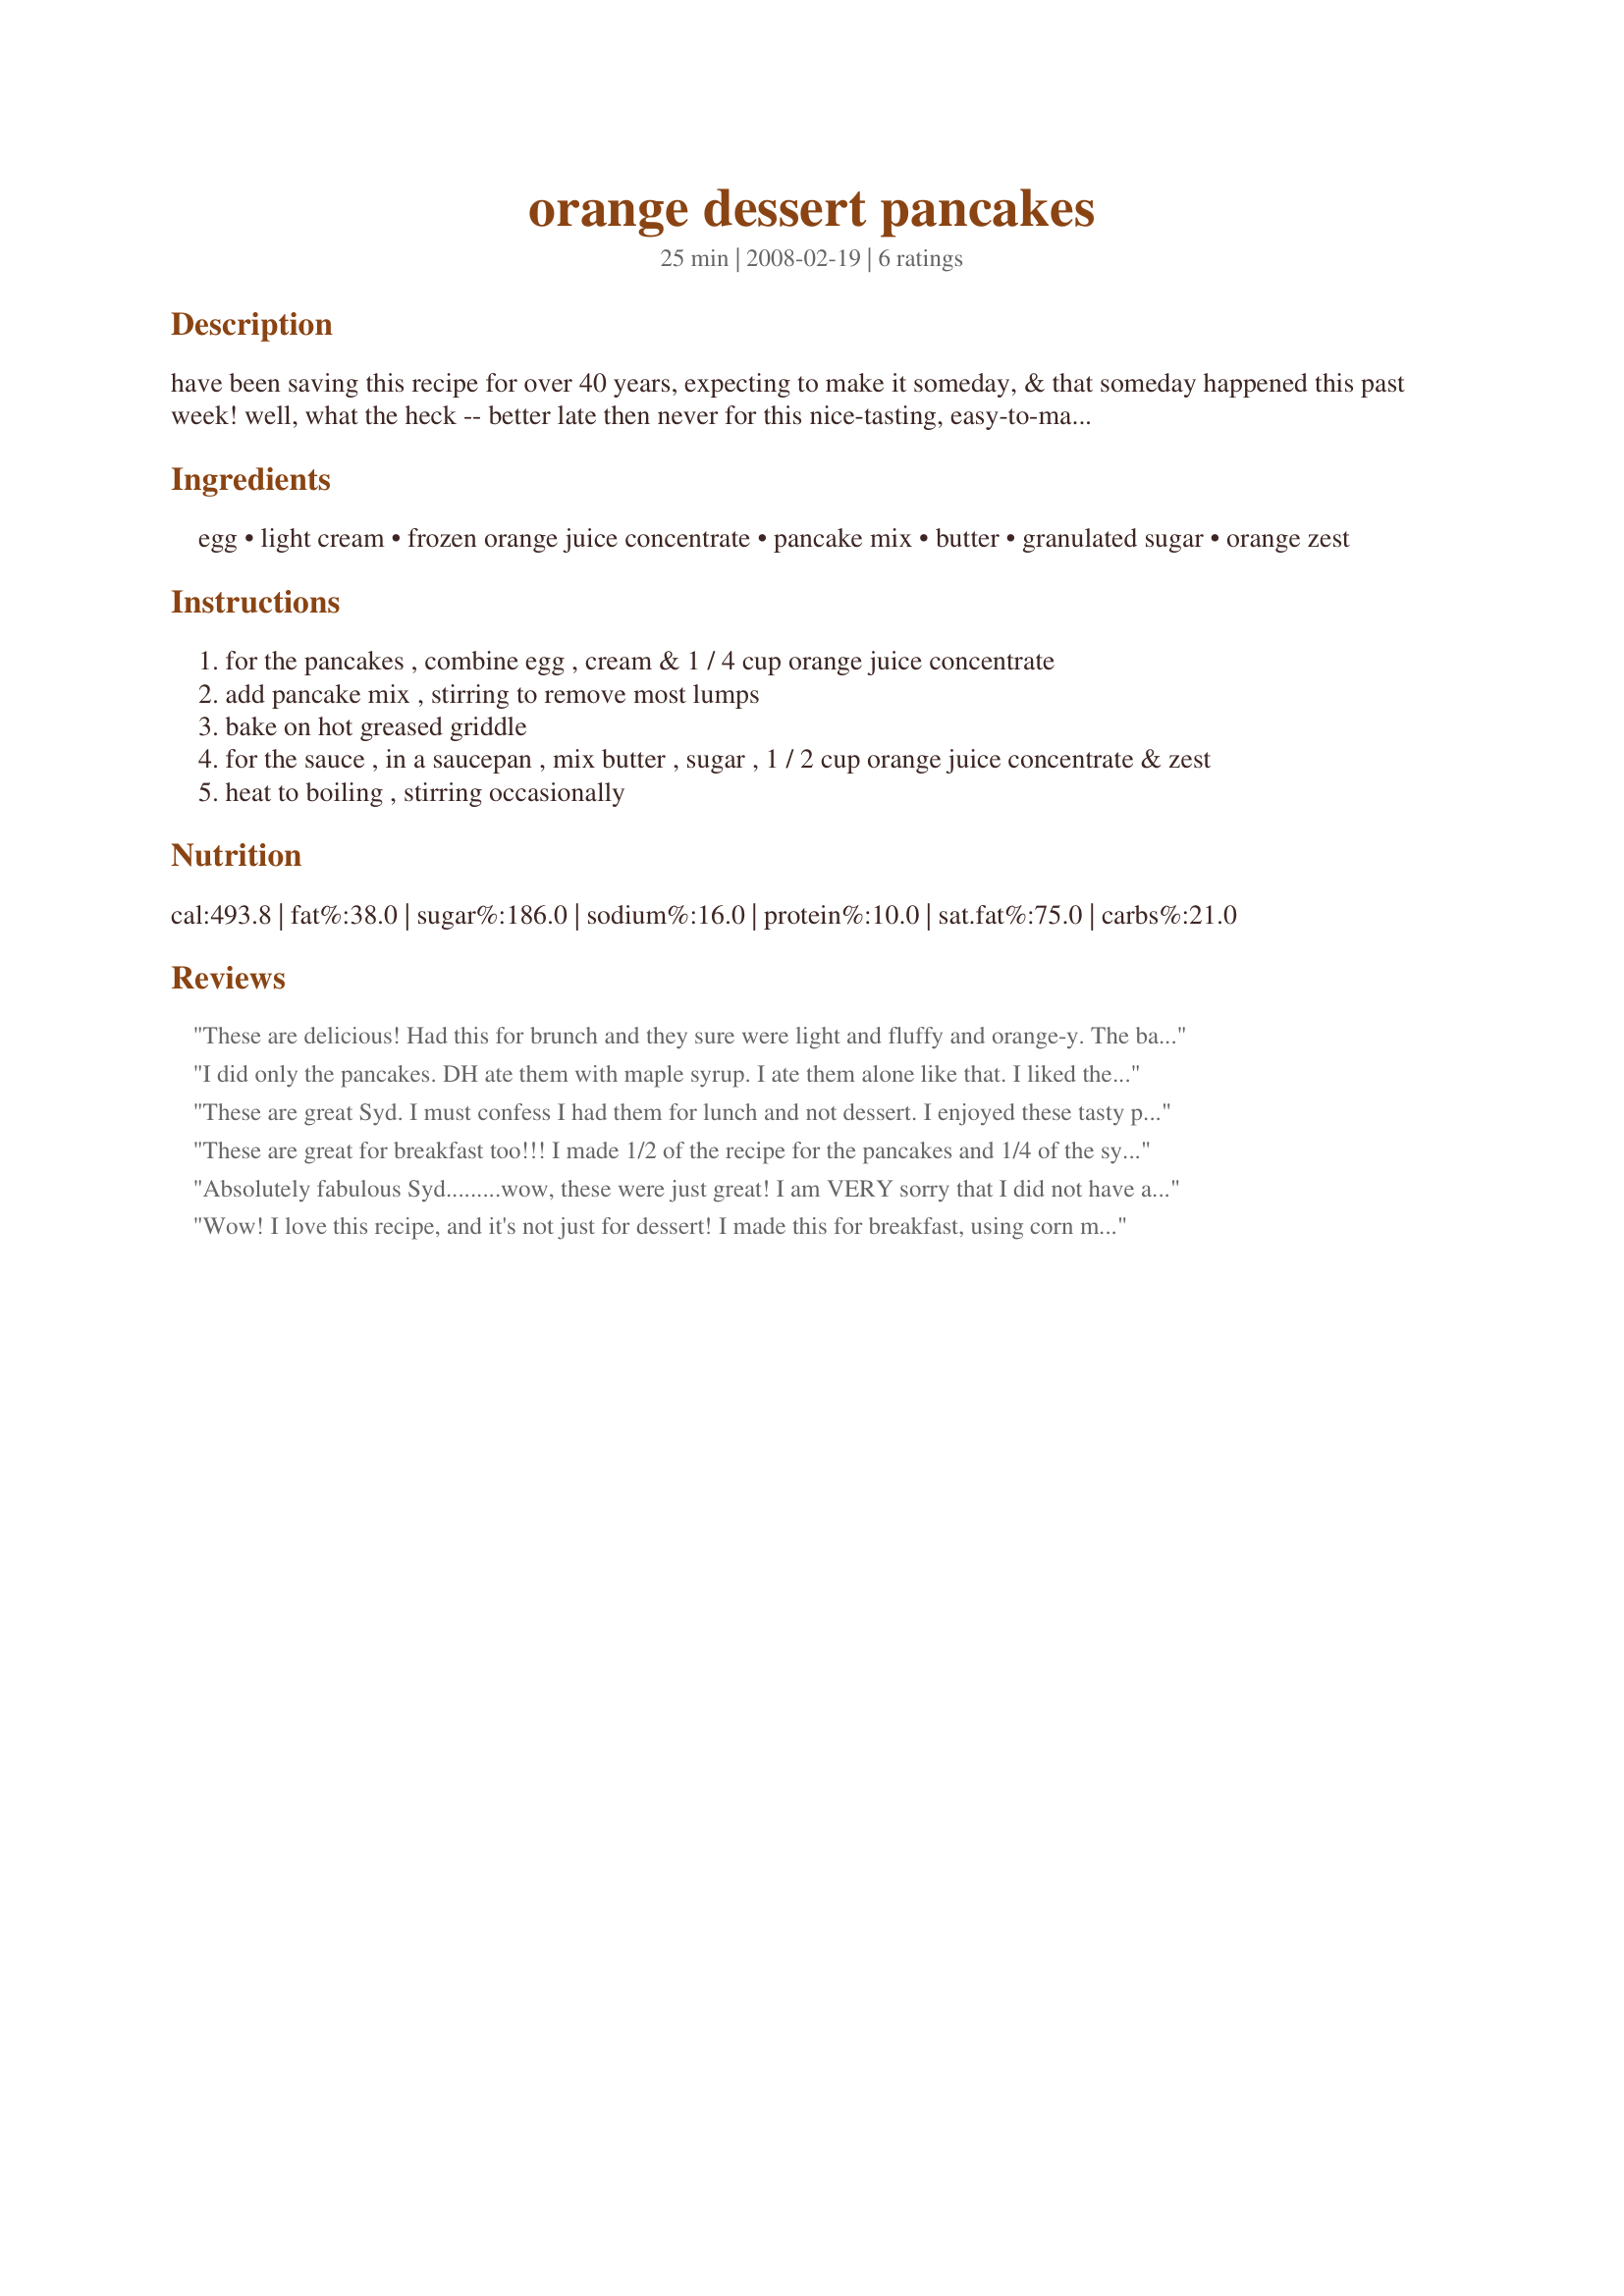
orange dessert pancakes
Preparation time: 25 minutes

have been saving this recipe for over 40 years, expecting to make it someday, & that someday happened this past week! well, what the heck -- better late then never for this nice-tasting, easy-to-make dessert! [the recipe takes a 6 ounce can of frozen orange juice concentrate.]

Ingredients:
egg, light cream, frozen orange juice concentrate, pancake mix, butter, granulated sugar, orange zest

Steps:
for the pancakes , combine egg , cream & 1 / 4 cup orange juice concentrate
add pancake mix , stirring to remove most lumps
bake on hot greased griddle
for the sauce , in a saucepan , mix butter , sugar , 1 / 2 cup orange juice concentrate & zest
heat to boiling , stirring occasionally

Reviews:
These are delicious! Had this for brunch and they sure were light and fluffy and orange-y. The batter's a bit thick so I find myself spreading it on the griddle with the back of the wooden spoon. I cut back the sugar into half when I made the sauce since I'm watching my sugar and microwaved it mixing it every now and then (oops, lazy me). I would have followed it to a T but better safe than sorry. Simply a health preference. Anyway, they still came out sweet, tasty and recommended for any type of pancakes who'd want to try a different flavor for a change. Thanks for posting this, Sydney Mike!
I did only the pancakes. DH ate them with maple syrup. I ate them alone like that. I liked the taste as is. I used 1/2 cup of half and half cream and 1/2 cup of whole milk. It was fine. I don't understand how we can have 18 pancakes with this recipe cause I got only 6 LOL Thanks Syd. Made for 123 hit wonders.
These are great Syd. I must confess I had them for lunch and not dessert. I enjoyed these tasty pancakes very much and will make again. They were light, fluffy and tender with a subtle orange flavour. The sauce is lovely, sweet and semi tart from the zest.
These are great for breakfast too!!! I made 1/2 of the recipe for the pancakes and 1/4 of the syrup for breakfast. It made 9 medium pancakes and the syrup is very sweet, so very little needed with the orange sweetened cakes. Thanks for sharing your recipe. Made for Stars Tag.
Absolutely fabulous Syd.........wow, these were just great! I am VERY sorry that I did not have all the ingredients to hand; well one ingredient - NO frozen orange concentrate, so I used normal juice instead. My topping was made with ORANGE BLOSSOM honey instead of the sugar, and although it was thinner than Baby Kato's photo, the taste was DIVINE! I added the zest and some more juice to it. These pancakes came out fluffy and light with a REAL citrus zing! Made for Aussie/NZ Recipe Swap #16 and already requested again! THANKS! FT:-)
Wow! I love this recipe, and it's not just for dessert! I made this for breakfast, using corn muffin mix to make cornmeal pancakes which worked well with the tangy orange sauce. This is full of flavor, and I will make these again. Thanks for posting!
